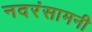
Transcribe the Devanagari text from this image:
नदरंसामनी